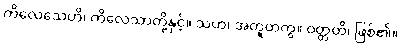
ကိလေသေဟိ၊ ကိလေသာတို့နှင့်။ သဟ၊ အတူတကွ။ ဝတ္တတိ၊ ဖြစ်၏။